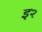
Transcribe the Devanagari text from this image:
इ२